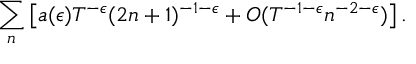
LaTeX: \sum _ { n } \left[ a ( \epsilon ) T ^ { - \epsilon } ( 2 n + 1 ) ^ { - 1 - \epsilon } + O ( T ^ { - 1 - \epsilon } n ^ { - 2 - \epsilon } ) \right] .